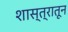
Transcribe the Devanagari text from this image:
शास्त्रातून